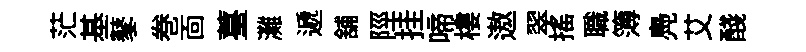
茫基鼕巻靣薹灘遞舖陘挂啼樓遨翠搖職簿鳧艾醆